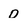
Character: 0